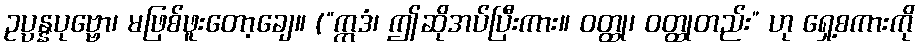
ဥပ္ပန္နပုဗ္ဗော၊ မဖြစ်ဖူးတော့ချေ။ (“ဣဒံ၊ ဤဆိုအပ်ပြီးကား။ ဝတ္ထု၊ ဝတ္ထုတည်း” ဟု ရှေ့စကားကို